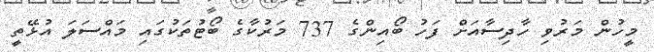
މީހުން މަރުވި ހާދިސާއަށް ފަހު ބޯއިންގެ 737 މަރުކާގެ ބޯޓުތަކުގައި މައްސަލަ އުޅޭތީ